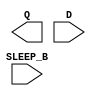
module sky130_fd_sc_lp__isolatch (
    Q      ,
    D      ,
    SLEEP_B
);

    output Q      ;
    input  D      ;
    input  SLEEP_B;

    // Voltage supply signals
    supply1 KAPWR;
    supply1 VPWR ;
    supply0 VGND ;
    supply1 VPB  ;
    supply0 VNB  ;

endmodule